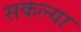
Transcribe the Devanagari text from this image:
सकल्या